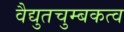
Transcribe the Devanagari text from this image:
वैद्युतचुम्बकत्व